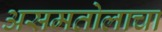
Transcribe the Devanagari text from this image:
असमतोलाचा